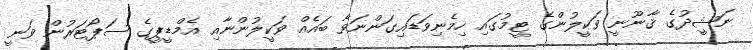
ނަޝީދުގެ ޤާނޫނީ ވަކީލުންގެ ޓީމުގައި ހިމެނިވަޑައިގަންނަވާ ބައެއް ވަކީލުންނާއި އެމްޑީޕީގެ ސަޕޯޓަރުން ވަނީ